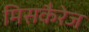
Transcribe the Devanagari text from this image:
मिसकैरेज